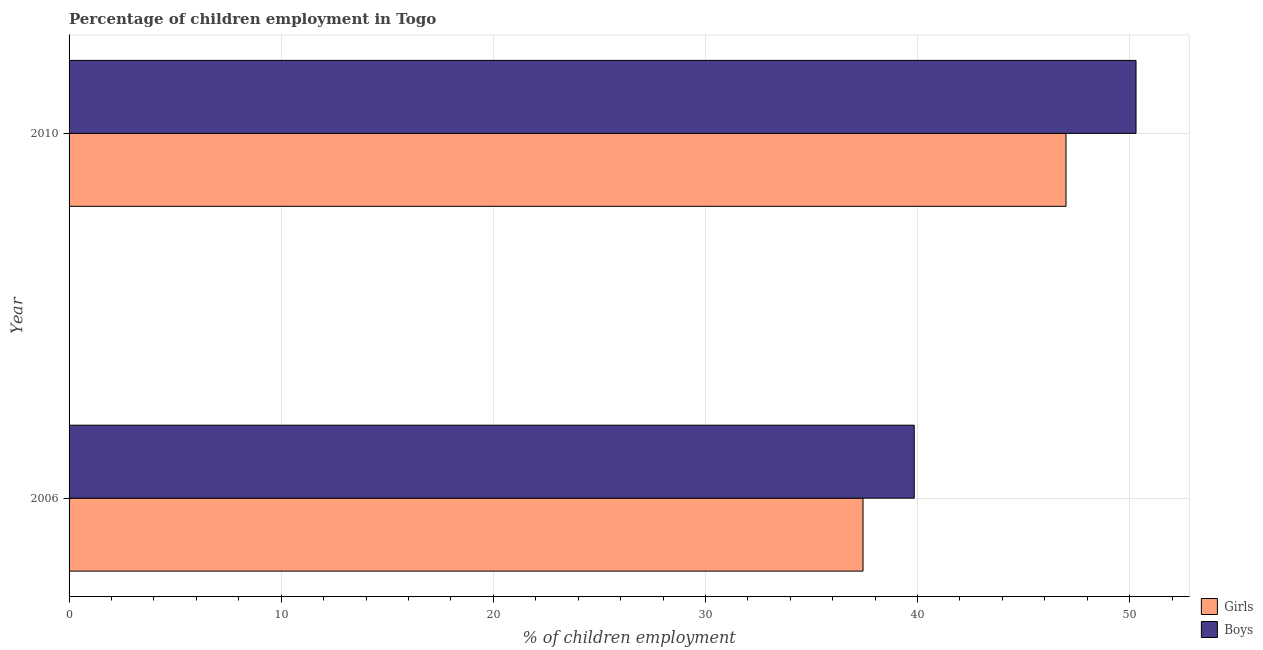
| Year | Girls | Boys |
 | --- | --- | --- |
 | 2006 | 37.4 | 39.8 |
 | 2010 | 47 | 50.3 |